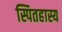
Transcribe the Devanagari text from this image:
स्पितहास्य